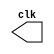
/**
 * AC I - Ciencia da Computacao - PUC MINAS
 * Jenifer Henrique Moreira Borges - 427420
 * 04/2012
 */

//clock generator
module clock ( clk );
 output clk;
 reg      clk; 
 
 initial 
  begin
   clk = 1'b0; 
  end 
 
 always 
  begin 
   #12 clk = ~clk;
  end 
 
endmodule // clock ( )

module Exemplo0041; 
 
 wire  clk; 
 clock CLK1 ( clk ); 
 
 initial begin 
  $dumpfile ( "clock.vcd" );
  $dumpvars;

  #120 $finish; 
 end 

endmodule